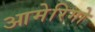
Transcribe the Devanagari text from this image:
आमेरिगो